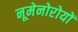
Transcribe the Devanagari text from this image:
नूमेनोरोयों